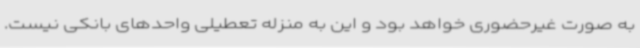
به صورت غیرحضوری خواهد بود و این به منزله تعطیلی واحدهای بانکی نیست.